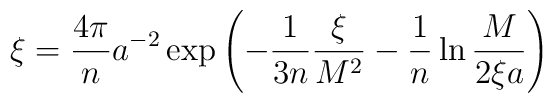
\xi = \frac{4\pi}{n} a^{-2} \exp\left(-\frac{1}{3n} \frac{\xi}{M^2} -\frac{1}{n} \ln \frac{M}{2\xi a}\right)